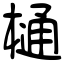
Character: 樋